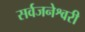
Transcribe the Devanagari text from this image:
सर्वजनेश्वरी